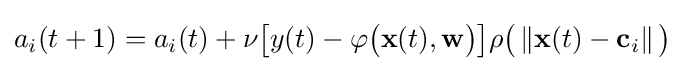
a_{i}(t+1)=a_{i}(t)+\nu {\big [}y(t)-\varphi {\big (}\mathbf {x} (t),\mathbf {w} {\big )}{\big ]}\rho {\big (}\left\Vert \mathbf {x} (t)-\mathbf {c} _{i}\right\Vert {\big )}